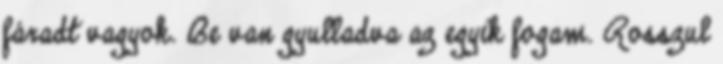
fáradt vagyok. Be van gyulladva az egyik fogam. Rosszul